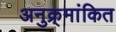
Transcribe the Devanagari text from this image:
अनुक्र्मांकित